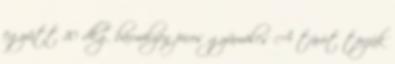
együtt 10 dkg bármilyen piros gyümölcs A túrót törjük